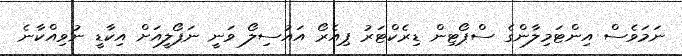
ނަމަވެސް އިންޓަމިލާންގެ ސްޕޯޓިން ޑިރެކްޓަރު ޕިއެރޯ އައުސިލޯ ވަނީ ނަޕޯލީއަށް އިކާޑީ ނުވިއްކާނެ